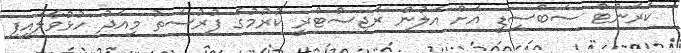
ކަރަންޓް ސަބްސިޑީ އަށް އަލުން ރަޖިސްޓްރީ ކުރުމުގެ ފުރުސަތު މިއަދު ހުޅުވާލައިފި